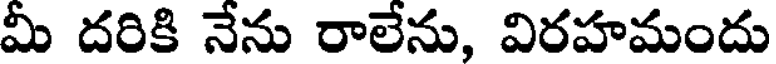
మీ దరికి నేను రాలేను, విరహమందు